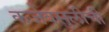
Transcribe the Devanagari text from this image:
कर्जवसुलीची